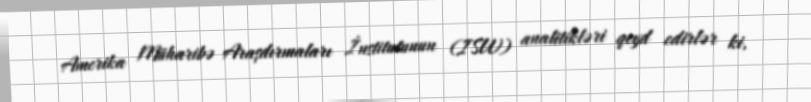
Amerika Müharibə Araşdırmaları İnstitutunun (ISW) analitikləri qeyd edirlər ki,